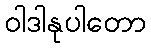
ဝါဒါနုပါတော